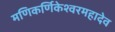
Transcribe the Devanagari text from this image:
मणिकर्णिकेश्वरमहादेव